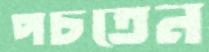
পচতেন